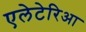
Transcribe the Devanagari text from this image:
एलेटेरिआ